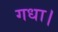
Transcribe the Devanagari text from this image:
गधा।